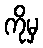
ကိုမှ